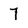
Character: 7